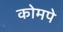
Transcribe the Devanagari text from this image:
कोमपे